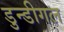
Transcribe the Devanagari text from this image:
डुन्डीगल